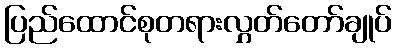
ပြည်ထောင်စုတရားလွှတ်တော်ချုပ်